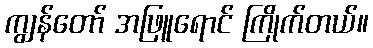
ကျွန်တော် အဖြူရောင် ကြိုက်တယ်။